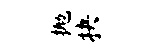
抛抉